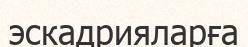
эскадрияларға